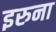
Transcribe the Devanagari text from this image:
इरुना